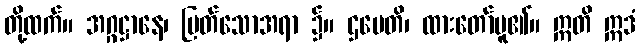
တို့ထက်။ အဂ္ဂဋ္ဌာနေ၊ မြတ်သောအရာ ၌။ ဌပေတိ၊ ထားတော်မူ၏။ ဣတိ ဣဒံ